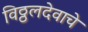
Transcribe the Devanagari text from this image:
विठ्ठलदेवाचे